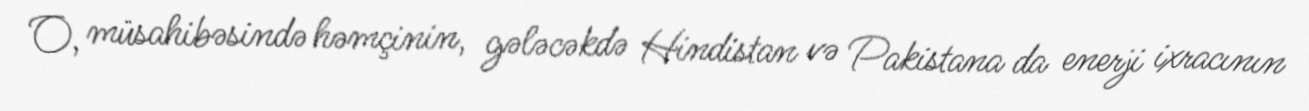
O, müsahibəsində həmçinin, gələcəkdə Hindistan və Pakistana da enerji ixracının